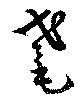
耄